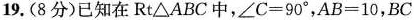
19.(8分)已知在Rt△ABC中，$$∠ C = 9